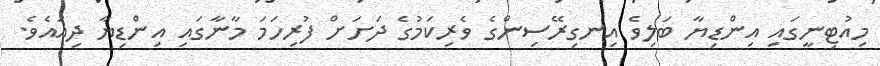
މިއުޓިނީގައި އިންޑިޔާ ބަލިވެ އިނގިރޭސިންގެ ވެރިކަމުގެ ދަށަށް ފުރިހަމަ މާނާގައި އިންޑިޔާ ދިއައެވެ.